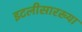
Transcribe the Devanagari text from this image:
इटलीसारख्या